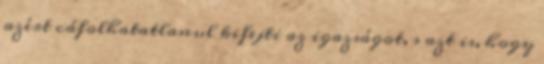
azért cáfolhatatlanul kifejti az igazságot, s azt is, hogy